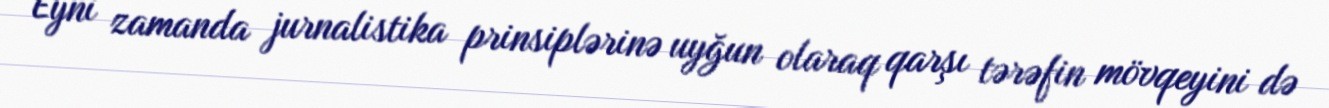
Eyni zamanda jurnalistika prinsiplərinə uyğun olaraq qarşı tərəfin mövqeyini də